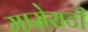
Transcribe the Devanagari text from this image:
मासेराटी